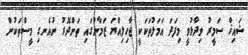
ޝައިޚް ސަމީރު ވިދާޅުވީ މިފަދަ އަމަލުތަކަކީ ޖާހިލިއްޔަ ޒަމާނުގައި ތަންދޮރު ނުއެނގި މީސްތަކުން